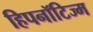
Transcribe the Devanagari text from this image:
हिपनॉटिज्म